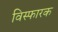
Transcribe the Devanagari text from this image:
विस्फारक